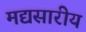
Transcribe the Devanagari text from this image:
मद्यसारीय